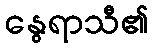
နွေရာသီ၏